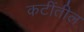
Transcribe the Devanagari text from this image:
कटींतील